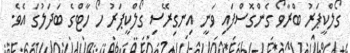
ގޯލްކީޕަރު ބްރާވޯ ގެންގޮސްފައި ވަނީ އިނގިރޭސި ގޯލްކީޕަރު ހޯ ހާޓްގެ ބަދަލުގަ އެވެ.